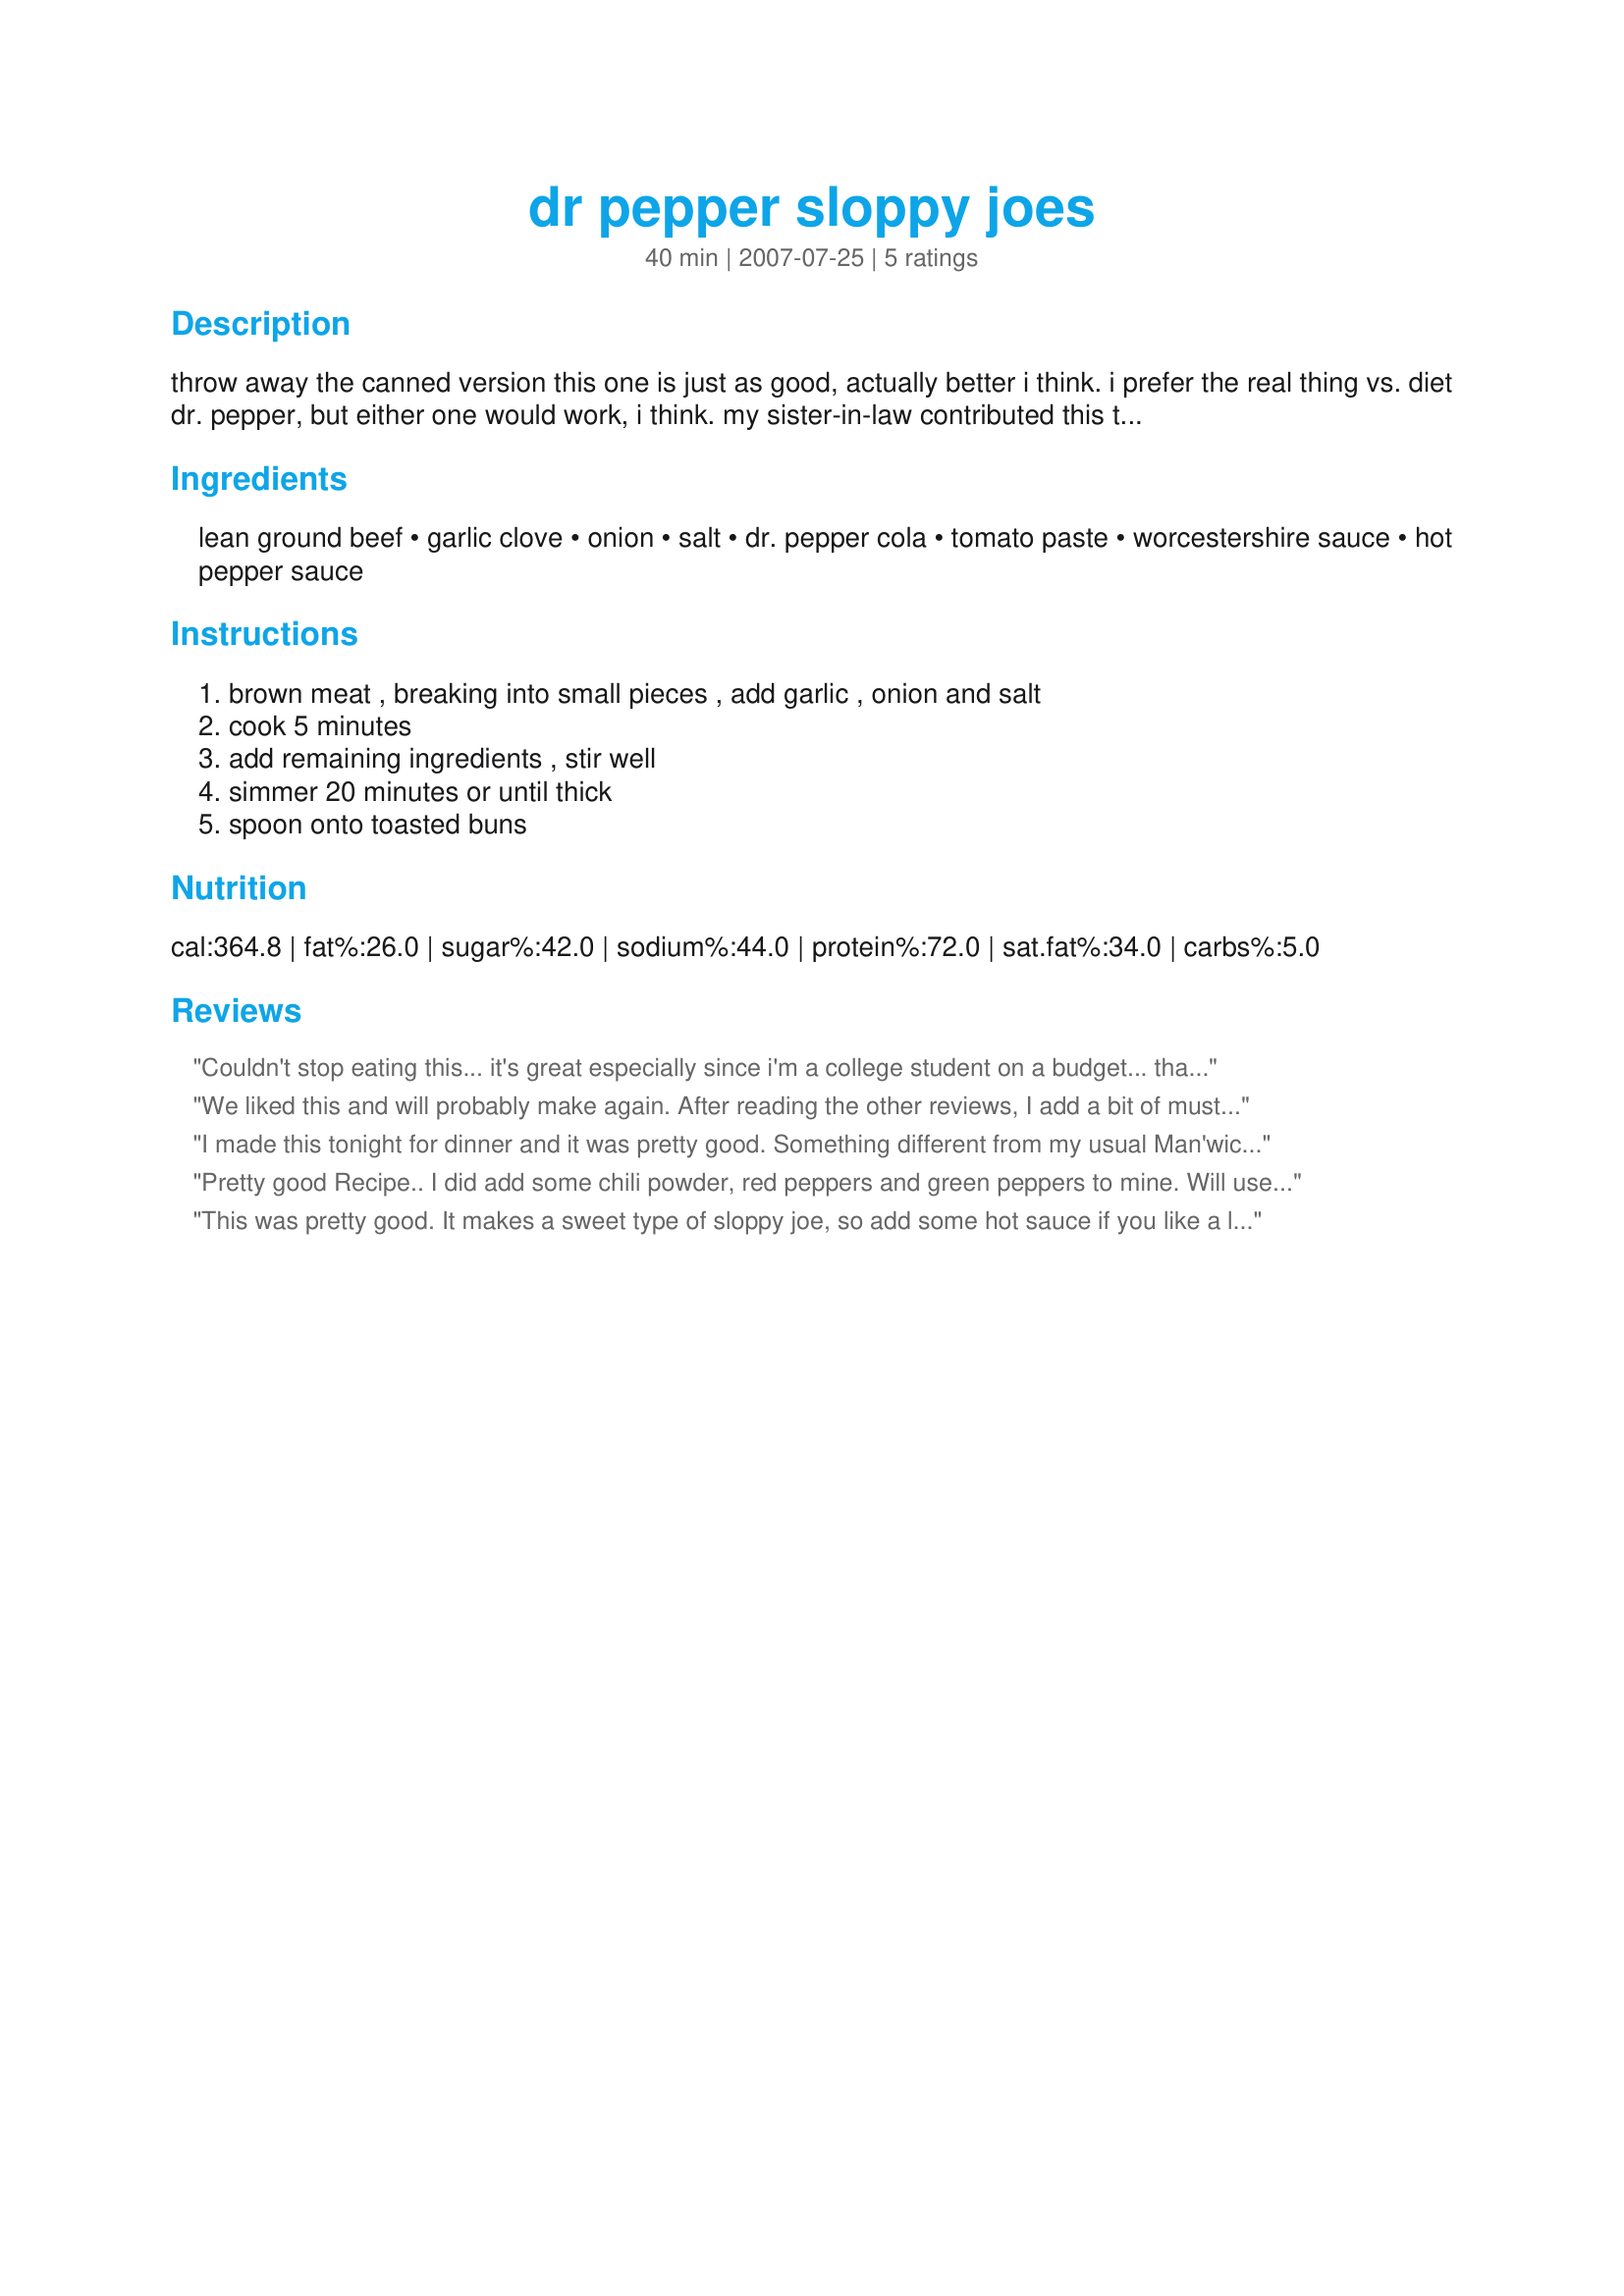
dr pepper sloppy joes
Preparation time: 40 minutes

throw away the canned version this one is just as good, actually better i think. i prefer the real thing vs. diet dr. pepper, but either one would work, i think. my sister-in-law contributed this to our family cookbook.

Ingredients:
lean ground beef, garlic clove, onion, salt, dr. pepper cola, tomato paste, worcestershire sauce, hot pepper sauce

Steps:
brown meat , breaking into small pieces , add garlic , onion and salt, cook 5 minutes, add remaining ingredients , stir well, simmer 20 minutes or until thick, spoon onto toasted buns

Reviews:
Couldn't stop eating this... it's great especially since i'm a college student on a budget... thanks for putting this up.
We liked this and will probably make again. After reading the other reviews, I add a bit of mustard and chili powder to taste.
I made this tonight for dinner and it was pretty good. Something different from my usual Man'wich sloppy joes. It did seem like it was missing something so next time I may use more hot pepper sauce or perhaps some chili pepper or something to kick it up a bit. Thanks for posting!
Pretty good Recipe.. I did add some chili powder, red peppers and green peppers to mine. Will use this recipe way before the canned stuff.. Thank you for sharing recipe!!!
This was pretty good. It makes a sweet type of sloppy joe, so add some hot sauce if you like a little kick. We enjoyed it and I plan to make it again.
